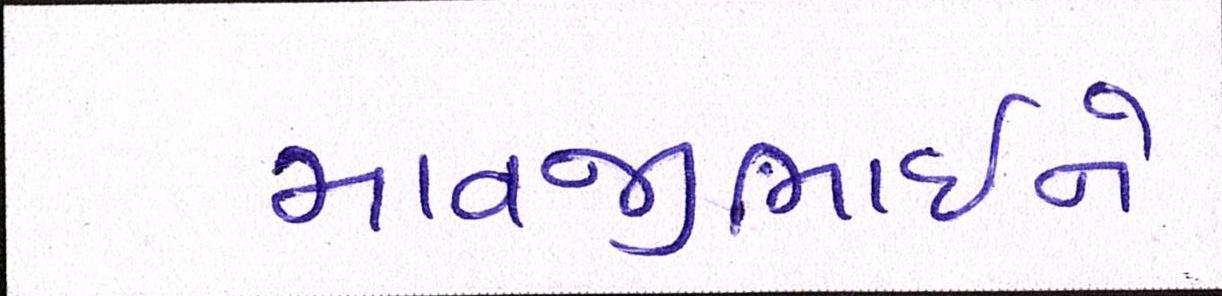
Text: માવજીભાઇને